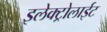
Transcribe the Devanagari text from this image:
इलेक्ट्रोलाईट